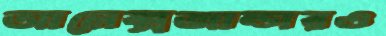
আলেক্সজান্ডারও